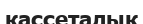
кассеталық